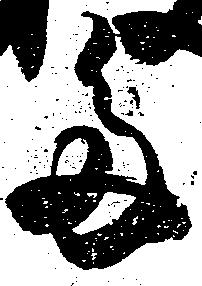
多